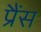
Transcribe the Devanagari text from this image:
प्रैंस